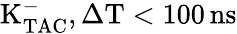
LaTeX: \mathrm{K_{TAC}^{-},\Delta T<100\, ns}